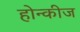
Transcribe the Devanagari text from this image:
होन्कीज